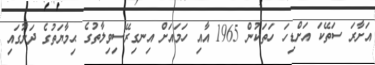
އަށާރަ ސަތޭކަ އަށްޑިހަ ހަތަކުން 1965 އާއި ހަމައަށް އިނގިރޭސިވިލާތުގެ ޙިމާޔަތުގެ ދަށުގައި